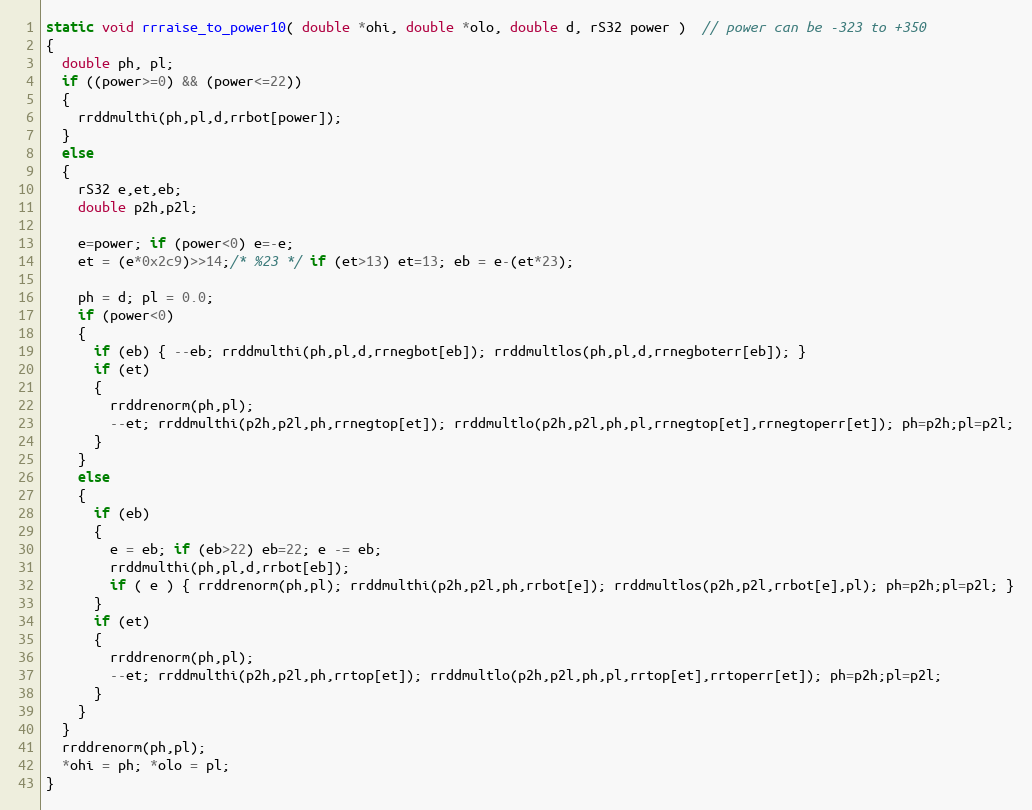
Language: C
static void rrraise_to_power10( double *ohi, double *olo, double d, rS32 power )  // power can be -323 to +350
{
  double ph, pl;
  if ((power>=0) && (power<=22))
  {
    rrddmulthi(ph,pl,d,rrbot[power]);
  }
  else
  {
    rS32 e,et,eb;
    double p2h,p2l;

    e=power; if (power<0) e=-e;
    et = (e*0x2c9)>>14;/* %23 */ if (et>13) et=13; eb = e-(et*23);

    ph = d; pl = 0.0;
    if (power<0)
    {
      if (eb) { --eb; rrddmulthi(ph,pl,d,rrnegbot[eb]); rrddmultlos(ph,pl,d,rrnegboterr[eb]); }
      if (et)
      {
        rrddrenorm(ph,pl);
        --et; rrddmulthi(p2h,p2l,ph,rrnegtop[et]); rrddmultlo(p2h,p2l,ph,pl,rrnegtop[et],rrnegtoperr[et]); ph=p2h;pl=p2l;
      }
    }
    else
    {
      if (eb)
      {
        e = eb; if (eb>22) eb=22; e -= eb;
        rrddmulthi(ph,pl,d,rrbot[eb]);
        if ( e ) { rrddrenorm(ph,pl); rrddmulthi(p2h,p2l,ph,rrbot[e]); rrddmultlos(p2h,p2l,rrbot[e],pl); ph=p2h;pl=p2l; }
      }
      if (et)
      {
        rrddrenorm(ph,pl);
        --et; rrddmulthi(p2h,p2l,ph,rrtop[et]); rrddmultlo(p2h,p2l,ph,pl,rrtop[et],rrtoperr[et]); ph=p2h;pl=p2l;
      }
    }
  }
  rrddrenorm(ph,pl);
  *ohi = ph; *olo = pl;
}